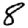
Digit: 8